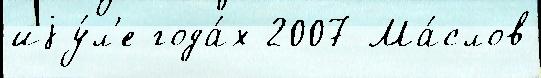
иjу́л'е года́х 2007 Ма́слов